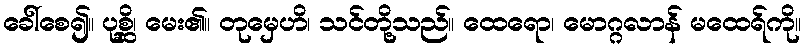
ခေါ်စေ၍။ ပုစ္ဆိ၊ မေး၏။ တုမှေဟိ၊ သင်တို့သည်။ ထေရော၊ မောဂ္ဂလာန် မထေရ်ကို။